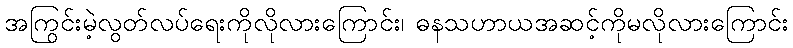
အကြွင်းမဲ့လွတ်လပ်ရေးကိုလိုလားကြောင်း၊ ဓနသဟာယအဆင့်ကိုမလိုလားကြောင်း